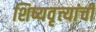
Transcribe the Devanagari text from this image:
शिष्यवृत्त्यांची